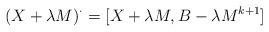
LaTeX: \begin{align*} (X+\lambda M)^\cdot=[X+\lambda M,B-\lambda M^{k+1}]\end{align*}